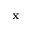
\mathbf { x }